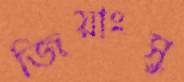
জিয়াংসু